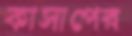
কাসাপের